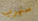
سنهرب